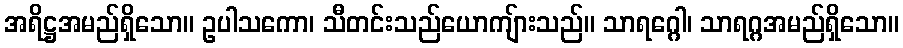
အရိဋ္ဌအမည်ရှိသော။ ဥပါသကော၊ သီတင်းသည်ယောကျ်ားသည်။ သာရဂ္ဂေါ၊ သာရဂ္ဂအမည်ရှိသော။